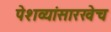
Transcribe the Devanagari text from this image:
पेशव्यांसारखेच